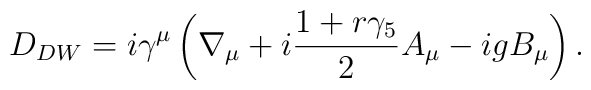
D_{DW}=i \gamma^\mu \left(\nabla_\mu +i \frac{1+r \gamma_5}{2} A_\mu -i g B_\mu\right ).